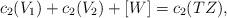
LaTeX: \begin{align*}c_2(V_1)+c_2(V_2)+[W]=c_2(TZ),\end{align*}